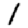
Digit: 1